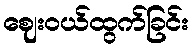
ဈေးဝယ်ထွက်ခြင်း